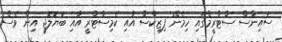
ސައިންސް ސްޓްރީމްގައި ހިމެނޭ ފިޒިކްސް އާއި ކެމިސްޓްރީ އާއި ބަޔޮލޮޖީ އިން ވެސް